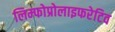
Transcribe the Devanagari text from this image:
लिम्फोप्रोलाइफरेटिव